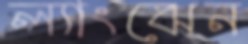
ল্যাংঝেন